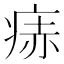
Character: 𬏭